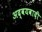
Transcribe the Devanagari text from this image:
अद्वयवादी